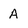
Character: A